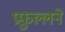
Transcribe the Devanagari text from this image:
प्रफुल्लने